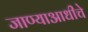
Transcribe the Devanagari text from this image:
जाण्याआधीचे